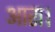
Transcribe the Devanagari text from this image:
आरा।